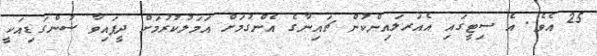
25 އެވެ. އެ ސިޓީގައި އެއަރލައިންކުން ޗައިނާގެ އެންގުމަށް އަމަލުކުރުމަށް ދީފައިވާ ސުންގަޑިއަކީ